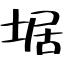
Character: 𡍄